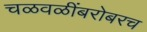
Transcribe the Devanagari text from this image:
चळवळींबरोबरच